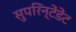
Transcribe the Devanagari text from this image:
सुपरिंन्टेंडेंट